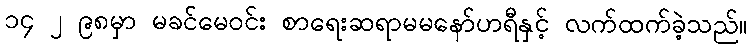
၁၄ ၂ ၉၈မှာ မခင်မေဝင်း စာရေးဆရာမမနော်ဟရီနှင့် လက်ထက်ခဲ့သည်။